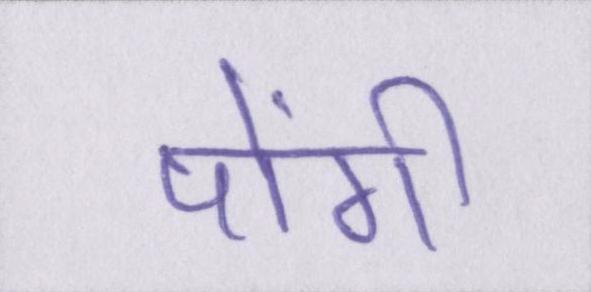
पोंगी